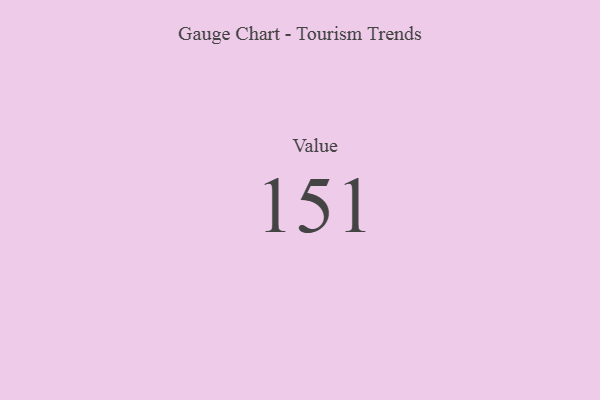
{"axis": {"x": "Metric", "y": "Value"}, "legend": [""], "data": [{"x": "Value", "y": 151, "type": ""}]}